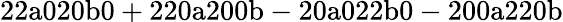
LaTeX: \mathrm{22a020b0+220a200b-20a022b0-200a220b}